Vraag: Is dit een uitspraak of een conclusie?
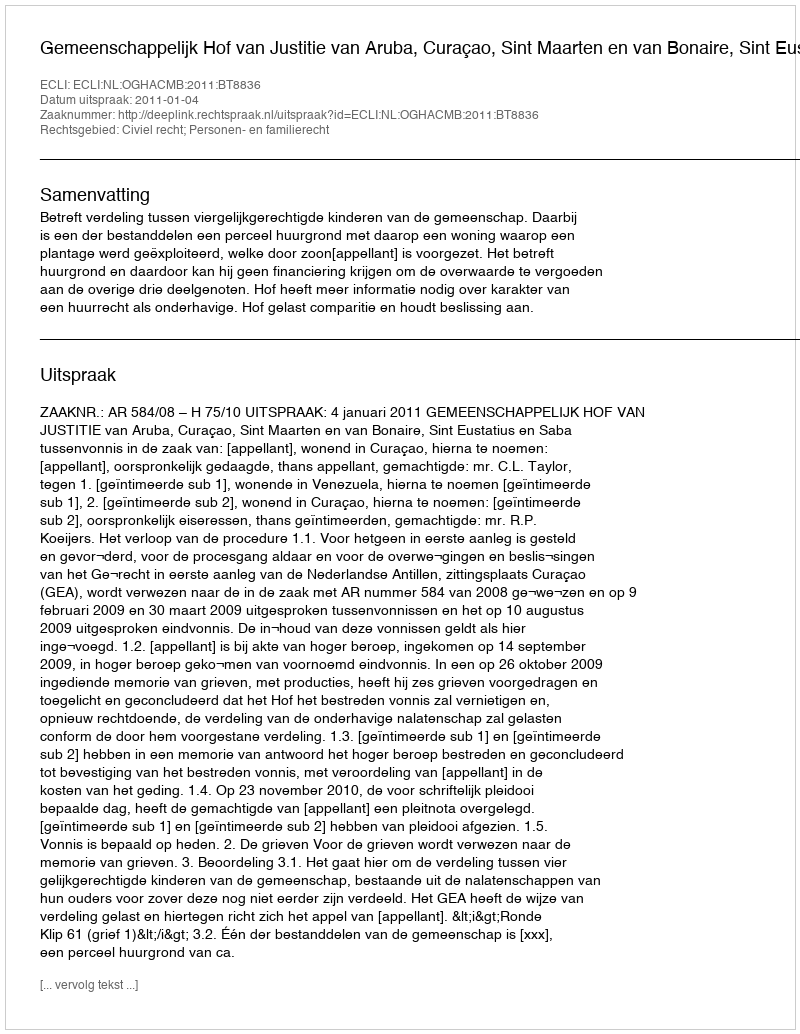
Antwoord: Uitspraak